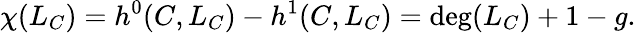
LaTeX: \chi(L_{C})=h^{0}(C,L_{C})-h^{1}(C,L_{C})=\deg(L_{C})+1-g.